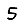
Digit: 5